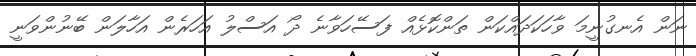
ނަން އެނގުނީމަ ވާހަކަދައްކަން ތަންކޮޅެއް ފަސޭހަވާނެ ދޯ އަސްލު އަހަރެން އަހާލަން ބޭނުންވަނީ